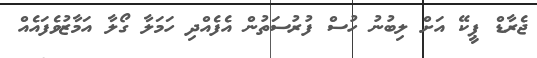
ޖެރާޑް ޕީކޭ އަށް ލިބުނު ހުސް ފުރުސަތުން އެފެއްދި ހަމަލާ ގޯލާ އަމާޒުވެފައެއް